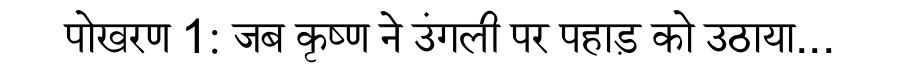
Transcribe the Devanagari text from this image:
पोखरण 1: जब कृष्ण ने उंगली पर पहाड़ को उठाया...